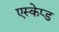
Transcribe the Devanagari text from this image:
एस्केप्ड